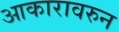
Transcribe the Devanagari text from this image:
आकारावरुन